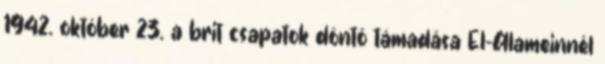
1942. október 23. a brit csapatok döntõ támadása El-Alameinnél